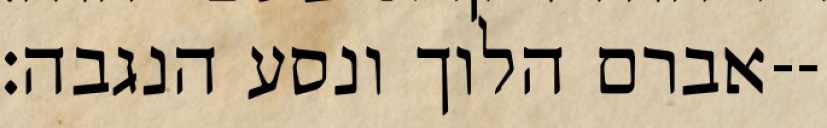
אברם הלוך ונסע הנגבה׃--